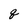
Character: q